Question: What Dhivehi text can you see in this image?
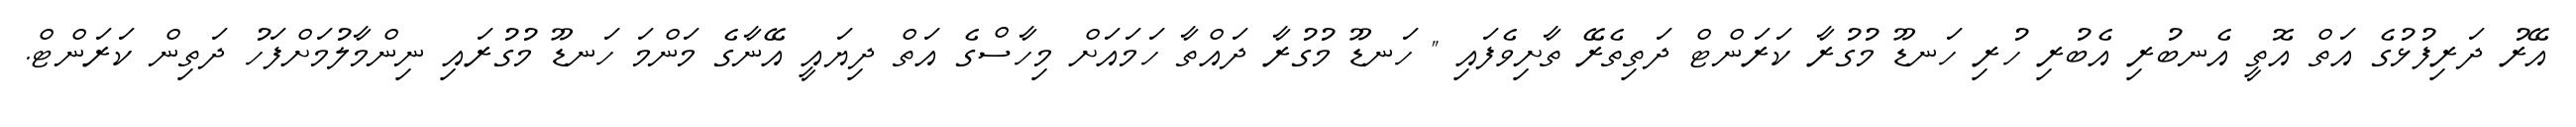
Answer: އޭރު ދަރިފުޅުގެ އަތް އޮތީ އެނބުރި އެބުރި ހުރި ހަނޑޫ މުގުރާ ކަރަންޓް ދަތިތެރޭ ތާށިވެފައި " ހަނޑޫ މުގުރާ ދައްތާ ހަމައަށް މިހާސްގެ އަތް ދިޔައީ އޭނާގެ މަންމަ ހަނޑޫ މުގުރައި ނިންމާލުމަށްފަހު ދަތިން ކަރަންޓް.